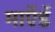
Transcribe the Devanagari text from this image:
माऍडॅ